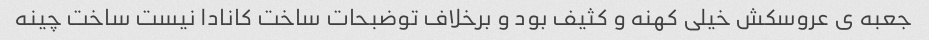
جعبه ی عروسکش خیلی کهنه و کثیف بود و برخلاف توضبحات ساخت کانادا نیست ساخت چینه